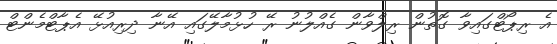
އެ ރިޕޯޓްގައިވާ ގޮތުން ރިލްވާން ގެއްލުނު ރޭ ހުޅުމާލޭގައި އޭނާ ދިރިއުޅޭ އެޕާޓްމެންޓް